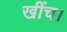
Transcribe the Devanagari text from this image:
खींच।